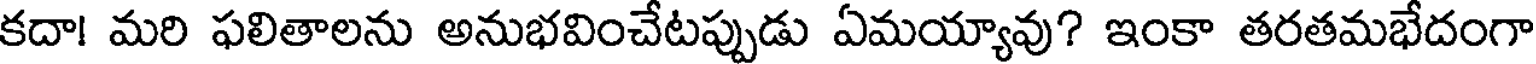
కదా! మరి ఫలితాలను అనుభవించేటప్పుడు ఏమయ్యావు? ఇంకా తరతమభేదంగా